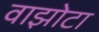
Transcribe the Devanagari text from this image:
वाझोटा